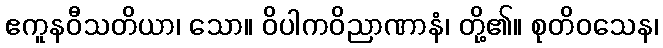
ဧကူနဝီသတိယာ၊ သော။ ဝိပါကဝိညာဏာနံ၊ တို့၏။ စုတိဝသေန၊